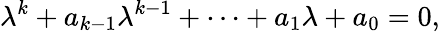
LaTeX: \lambda^{k}+a_{k-1}\lambda^{k-1}+\cdots+a_{1}\lambda+a_{0}=0,